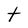
Character: t